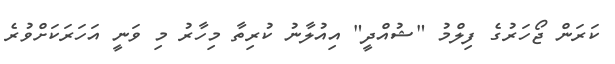
ކަރަން ޖޯހަރުގެ ފިލްމު "ޝުއްދީ" އިއުލާނު ކުރިތާ މިހާރު މި ވަނީ އަހަރަކަށްވުރެ